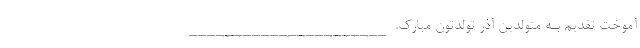
آموخت تقدیم بـه متولدین آذر تولدتون مبارک. ______________________